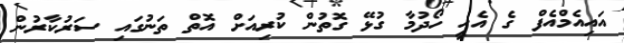
އައިއެމްއެފް ގެ އެހީ ހޯދުމާ ގުޅޭ ގޮތުން ކުރިއަށް އޮތް ތަނުގައި ސަރުކާރުން